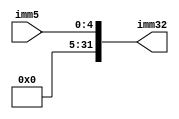
`timescale 1ns / 1ps
//////////////////////////////////////////////////////////////////////////////////
// Company: 
// Engineer: 
// 
// Design Name: 
// Module Name: extend_sa
// Project Name: 
// Target Devices: 
// Tool Versions: 
// Description: 
// 
// Dependencies: 
// 
// Revision:
// Revision 0.01 - File Created
// Additional Comments:
// 
//////////////////////////////////////////////////////////////////////////////////


module extend_sa(
        imm5,imm32
    );
    input [4:0]imm5;
    output [31:0]imm32;
    assign imm32 = {27'b0, imm5};
endmodule